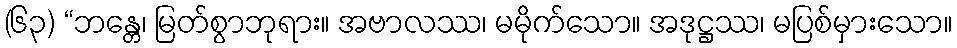
(၆၃) “ဘန္တေ၊ မြတ်စွာဘုရား။ အဗာလဿ၊ မမိုက်သော။ အဒုဋ္ဌဿ၊ မပြစ်မှားသော။